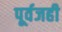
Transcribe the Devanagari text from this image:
पूर्वजही